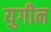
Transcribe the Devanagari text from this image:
युगीन